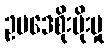
ဥပဒေစိုးမိုးမှု